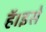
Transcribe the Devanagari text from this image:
हॅ।इसे